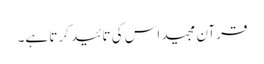
قرآن مجید اس کی تائید کرتا ہے۔